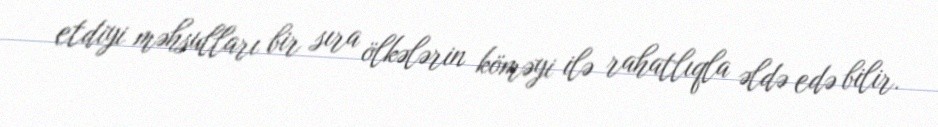
etdiyi məhsulları bir sıra ölkələrin köməyi ilə rahatlıqla əldə edə bilir.